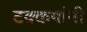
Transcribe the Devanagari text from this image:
टक्कयांनी